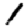
Digit: 1